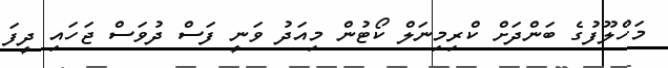
މަހްލޫފުގެ ބަންދަށް ކްރިމިނަލް ކޯޓުން މިއަދު ވަނީ ފަސް ދުވަސް ޖަހައި ދީފަ